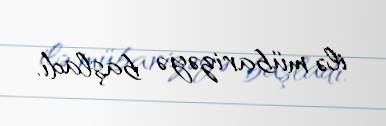
ilə mübarizəyə başladı.